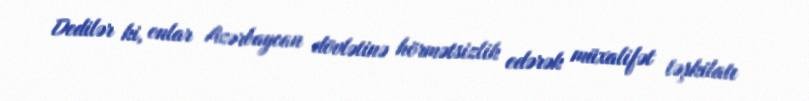
Dedilər ki, onlar Azərbaycan dövlətinə hörmətsizlik edərək müxalifət təşkilatı